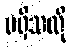
မရှိသလို